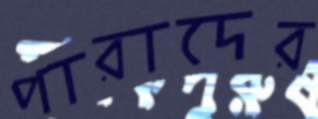
পারাদের